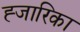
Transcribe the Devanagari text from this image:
ह्जारिका